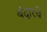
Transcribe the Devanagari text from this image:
बंदारचे